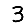
Digit: 3